Eesti_Vabariigi_Tartu_Ulikool, lk 156
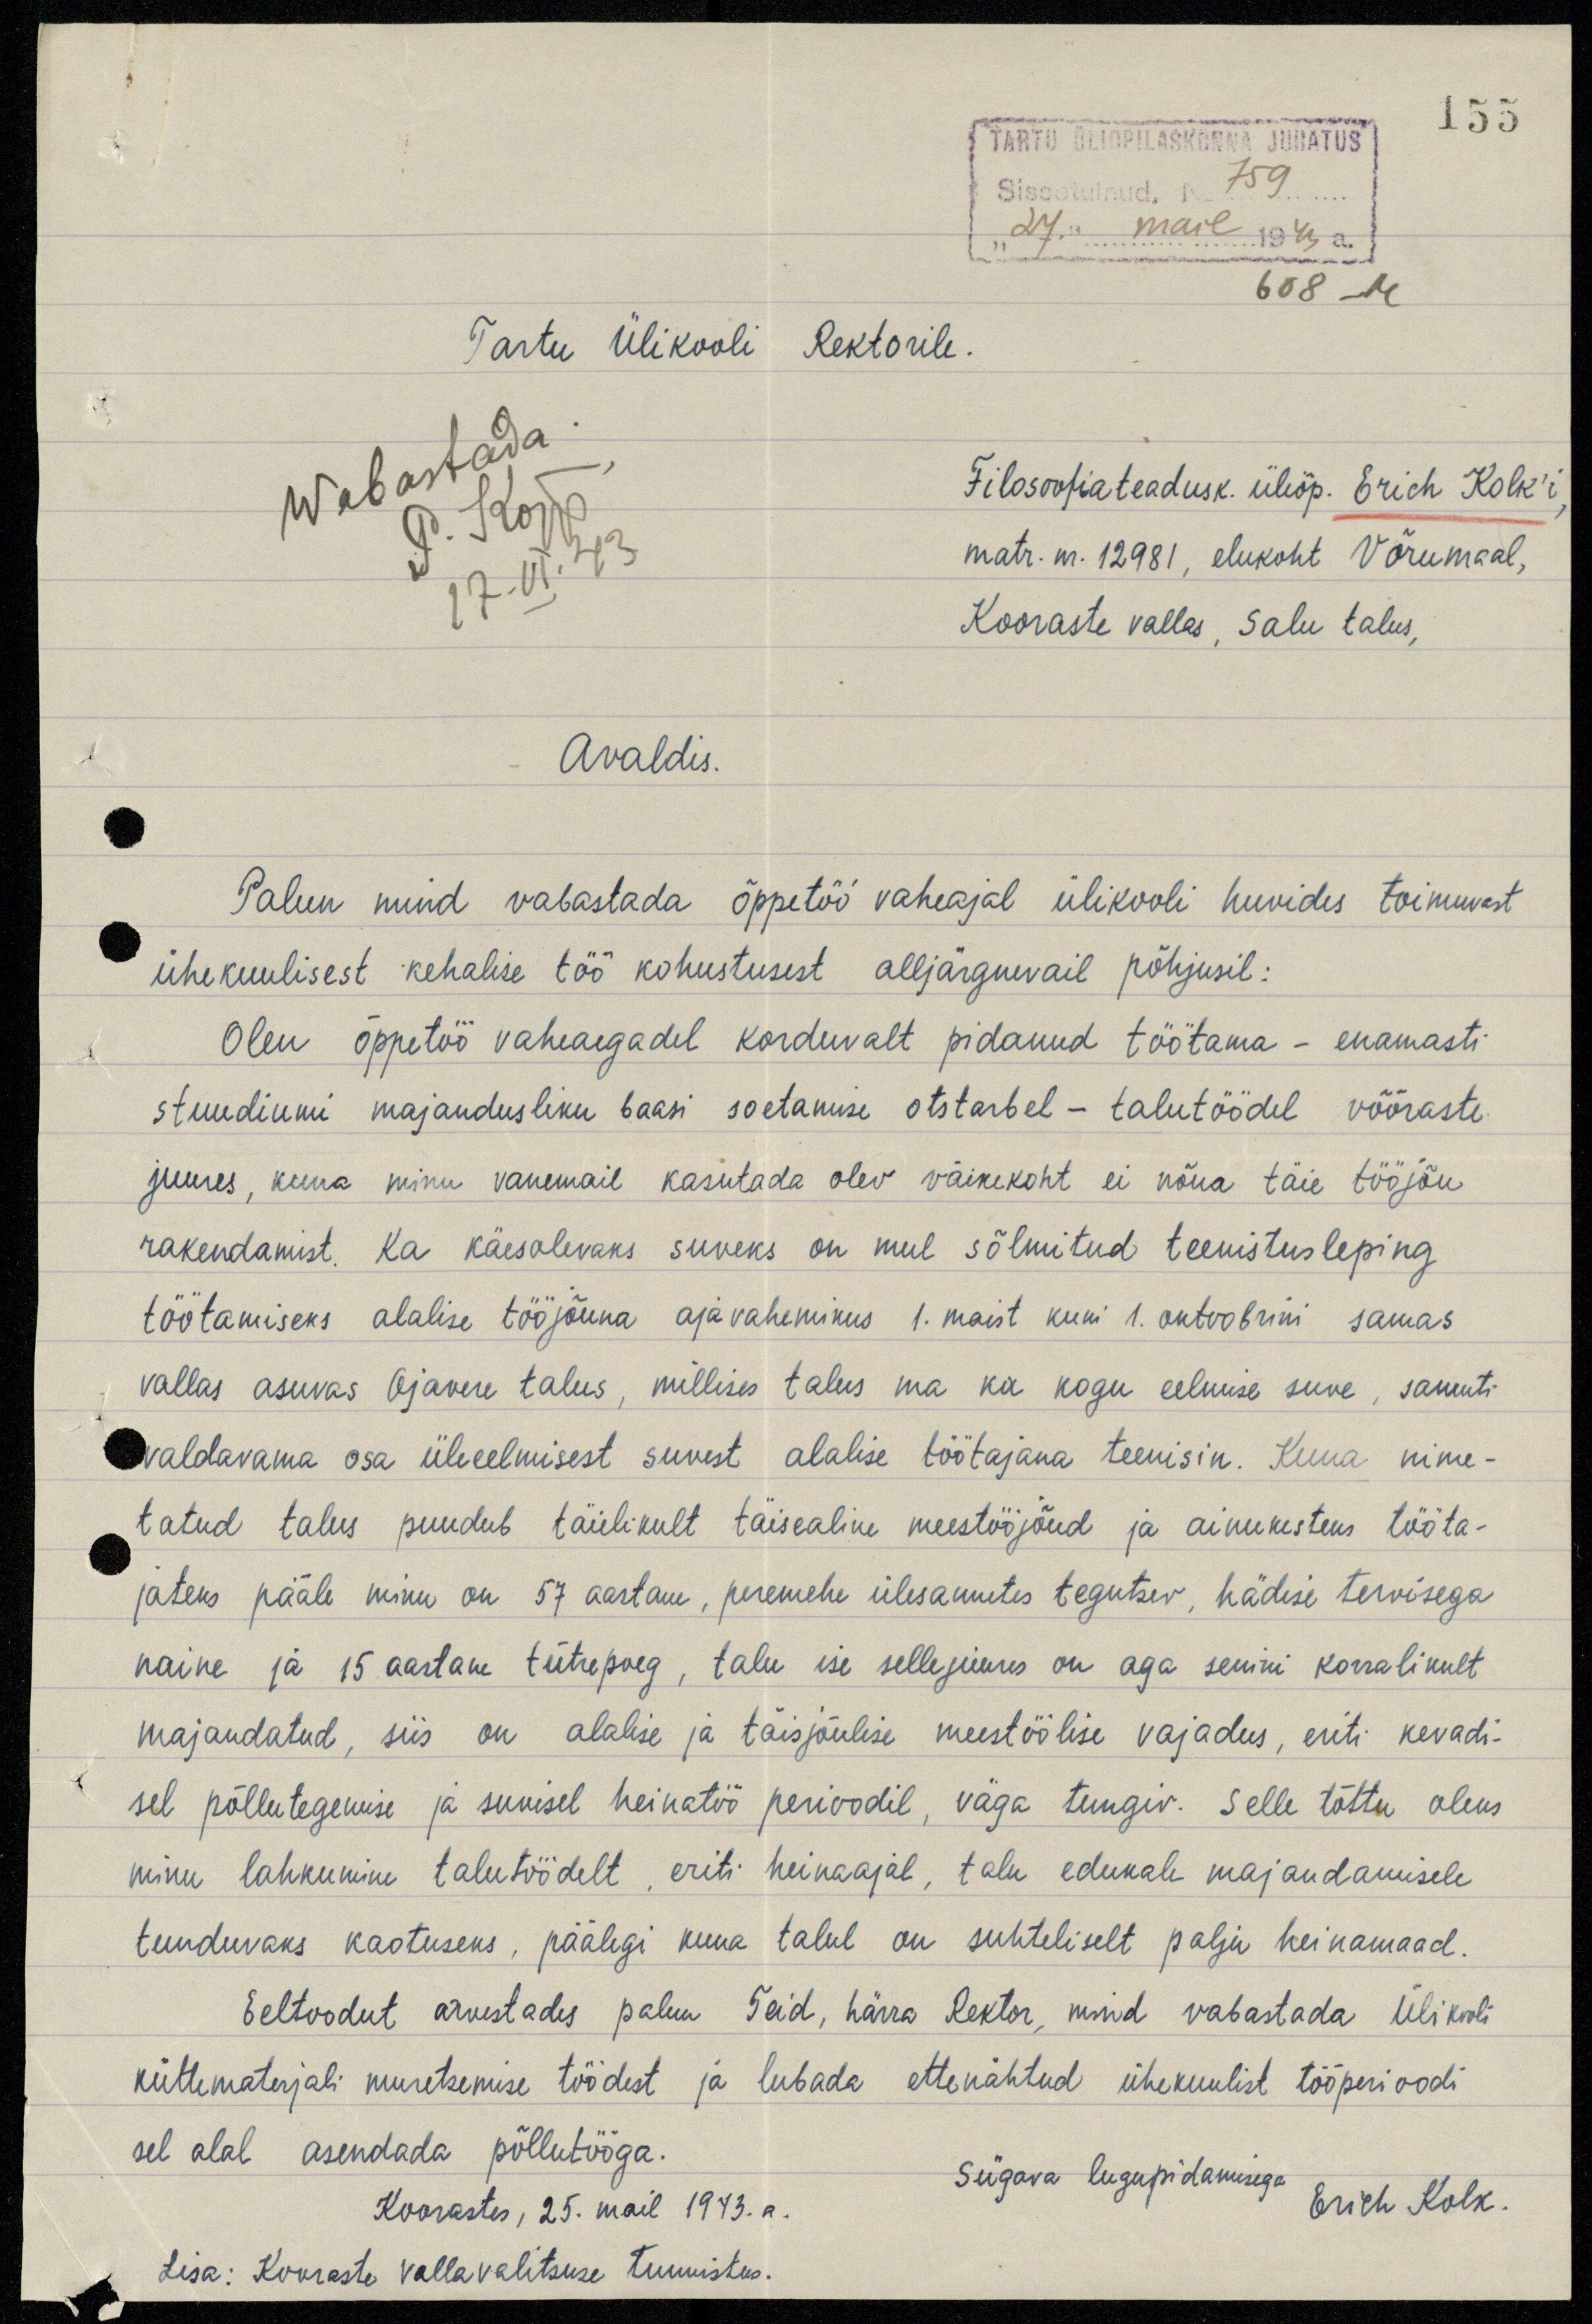
155
TARTU ÜLIÕPILASKONNA JUHATUS
Sissetulnud. N 759
"27." mail 1943 a.
608 -M
Tartu Ülikooli Rektorile.
Wabastada
P. Kõpp.
17. VI. 43.
Filosoofiateadusk üliõp. Erich Kolk'i,
matr. nr. 12981, elukoht Võrumaal,
Kooraste vallas, Salu talus,
Avaldis.
Palun mind vabastada õppetöö vaheajal ülikooli huvides toimuvast
ühekuulisest kehalise töö kohustusest alljärgnevail põhjusil:
Olen õppetöö vaheaegadel korduvalt pidanud töötama - enamasti
stuudiumi majandusliku baasi soetamise otstarbel - talutöödel võõraste
juures, kuna minu vanemail kasutada olev väikekoht ei nõua täie tööjõu
rakendamist Ka käesolevaks suveks on mul sõlmitud teenistusleping
töötamiseks alalise tööjõuna ajavahemikus 1. maist kuni 1. oktoobrini samas
vallas asuvas Ojavere talus, millises talus ma ka kogu eelmise suve, samuti
valdavama osa üleeelmisest suvest alalise töötajana teenisin. Kuna nime-
tatud talus puudub täielikult täisealine meestööjõud ja ainukesteks tööta-
jateks pääle minu on 57 aastane, peremehe ülesannetes tegutsev, hädise tervisega
naine ja 15 aastane tütrepoeg, talu ise sellejuures on aga senini korralikult
majandatud, siis on alalise ja täisjõulise meestöölise vajadus, eriti kevadi-
sel põllutegemise ja suvisel heinatöö perioodil, väga tungiv. Selle tõttu oleks
minu lahkumine talutöödelt, eriti heinaajal, talu edukale majandamisele
tunduvaks kaotuseks, päälegi kuna talul on suhteliselt palju heinamaad.
Eeltoodut arvestades palun Teid, härra Rektor, mind vabastada Ülikooli
küttematerjali muretsemise töödest ja lubada ettenähtud ühekuulist tööperioodi
sel alal asendada põllutööga.
Koorastes, 25. mail 1943. a.
Sügava lugupidamisega
Erich Kolk.
Lisa: Kooraste vallavalitsuse tunnistus.